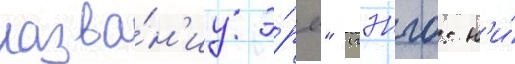
назва́н'иу э́ры" (гэнго: н'и́